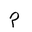
Letter: _mim